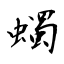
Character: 蠋